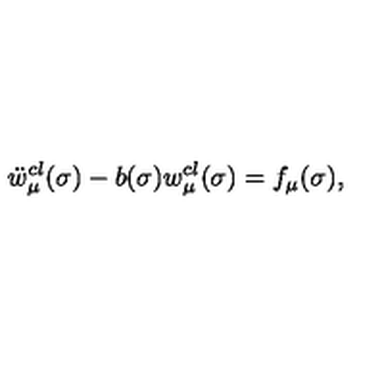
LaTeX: \ddot { w } _ { \mu } ^ { c l } ( \sigma ) - b ( \sigma ) { w } _ { \mu } ^ { c l } ( \sigma ) = f _ { \mu } ( \sigma ) ,